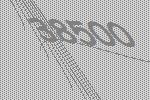
38500